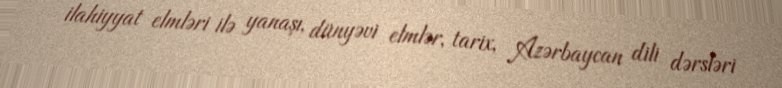
ilahiyyat elmləri ilə yanaşı, dünyəvi elmlər, tarix, Azərbaycan dili dərsləri